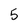
Character: 5